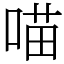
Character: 喵